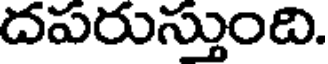
దపరుస్తుంది.